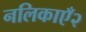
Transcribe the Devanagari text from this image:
नलिकाएँ२